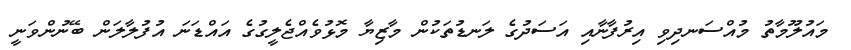
މައުލޫމާތު މުއްސަނދިވި އިރުފާނާއި އަސަދުގެ ލަނޑުތަކުން މާޒިޔާ މޮޅުވެއްޖެލީގުގެ އައްޑަނަ އުފުލާލަން ބޭނުންވަނީ